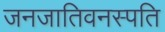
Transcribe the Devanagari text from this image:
जनजातिवनस्पति